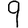
Digit: 9